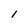
Character: 1